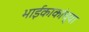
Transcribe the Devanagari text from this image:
भाईकाकांच्या